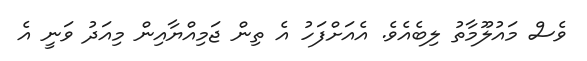
ވެސް މައުލޫމާތު ލިބެއެވެ. އެއަށްފަހު އެ ތިން ޖަމިއްޔާއިން މިއަދު ވަނީ އެ